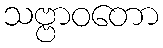
သဗ္ဗာဝတော